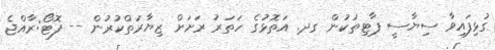
ގުޅިފައިވާ ސިޔާސީ ޕާޓިތަކުން ގދ. އަތޮޅުގެ ހަތަރު ރަށަށް ޒިޔާރަތްކުރުން -- ފޮޓޯ:ރާއްޖެ